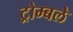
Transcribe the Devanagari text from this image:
ट्रोम्बले